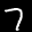
Digit: 7